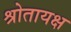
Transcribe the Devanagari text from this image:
श्रोतायक्ष